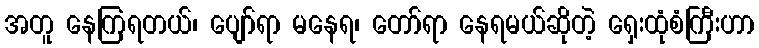
အတူ နေကြရတယ်၊ ပျော်ရာ မနေရ၊ တော်ရာ နေရမယ်ဆိုတဲ့ ရှေးထုံစံကြီးဟာ